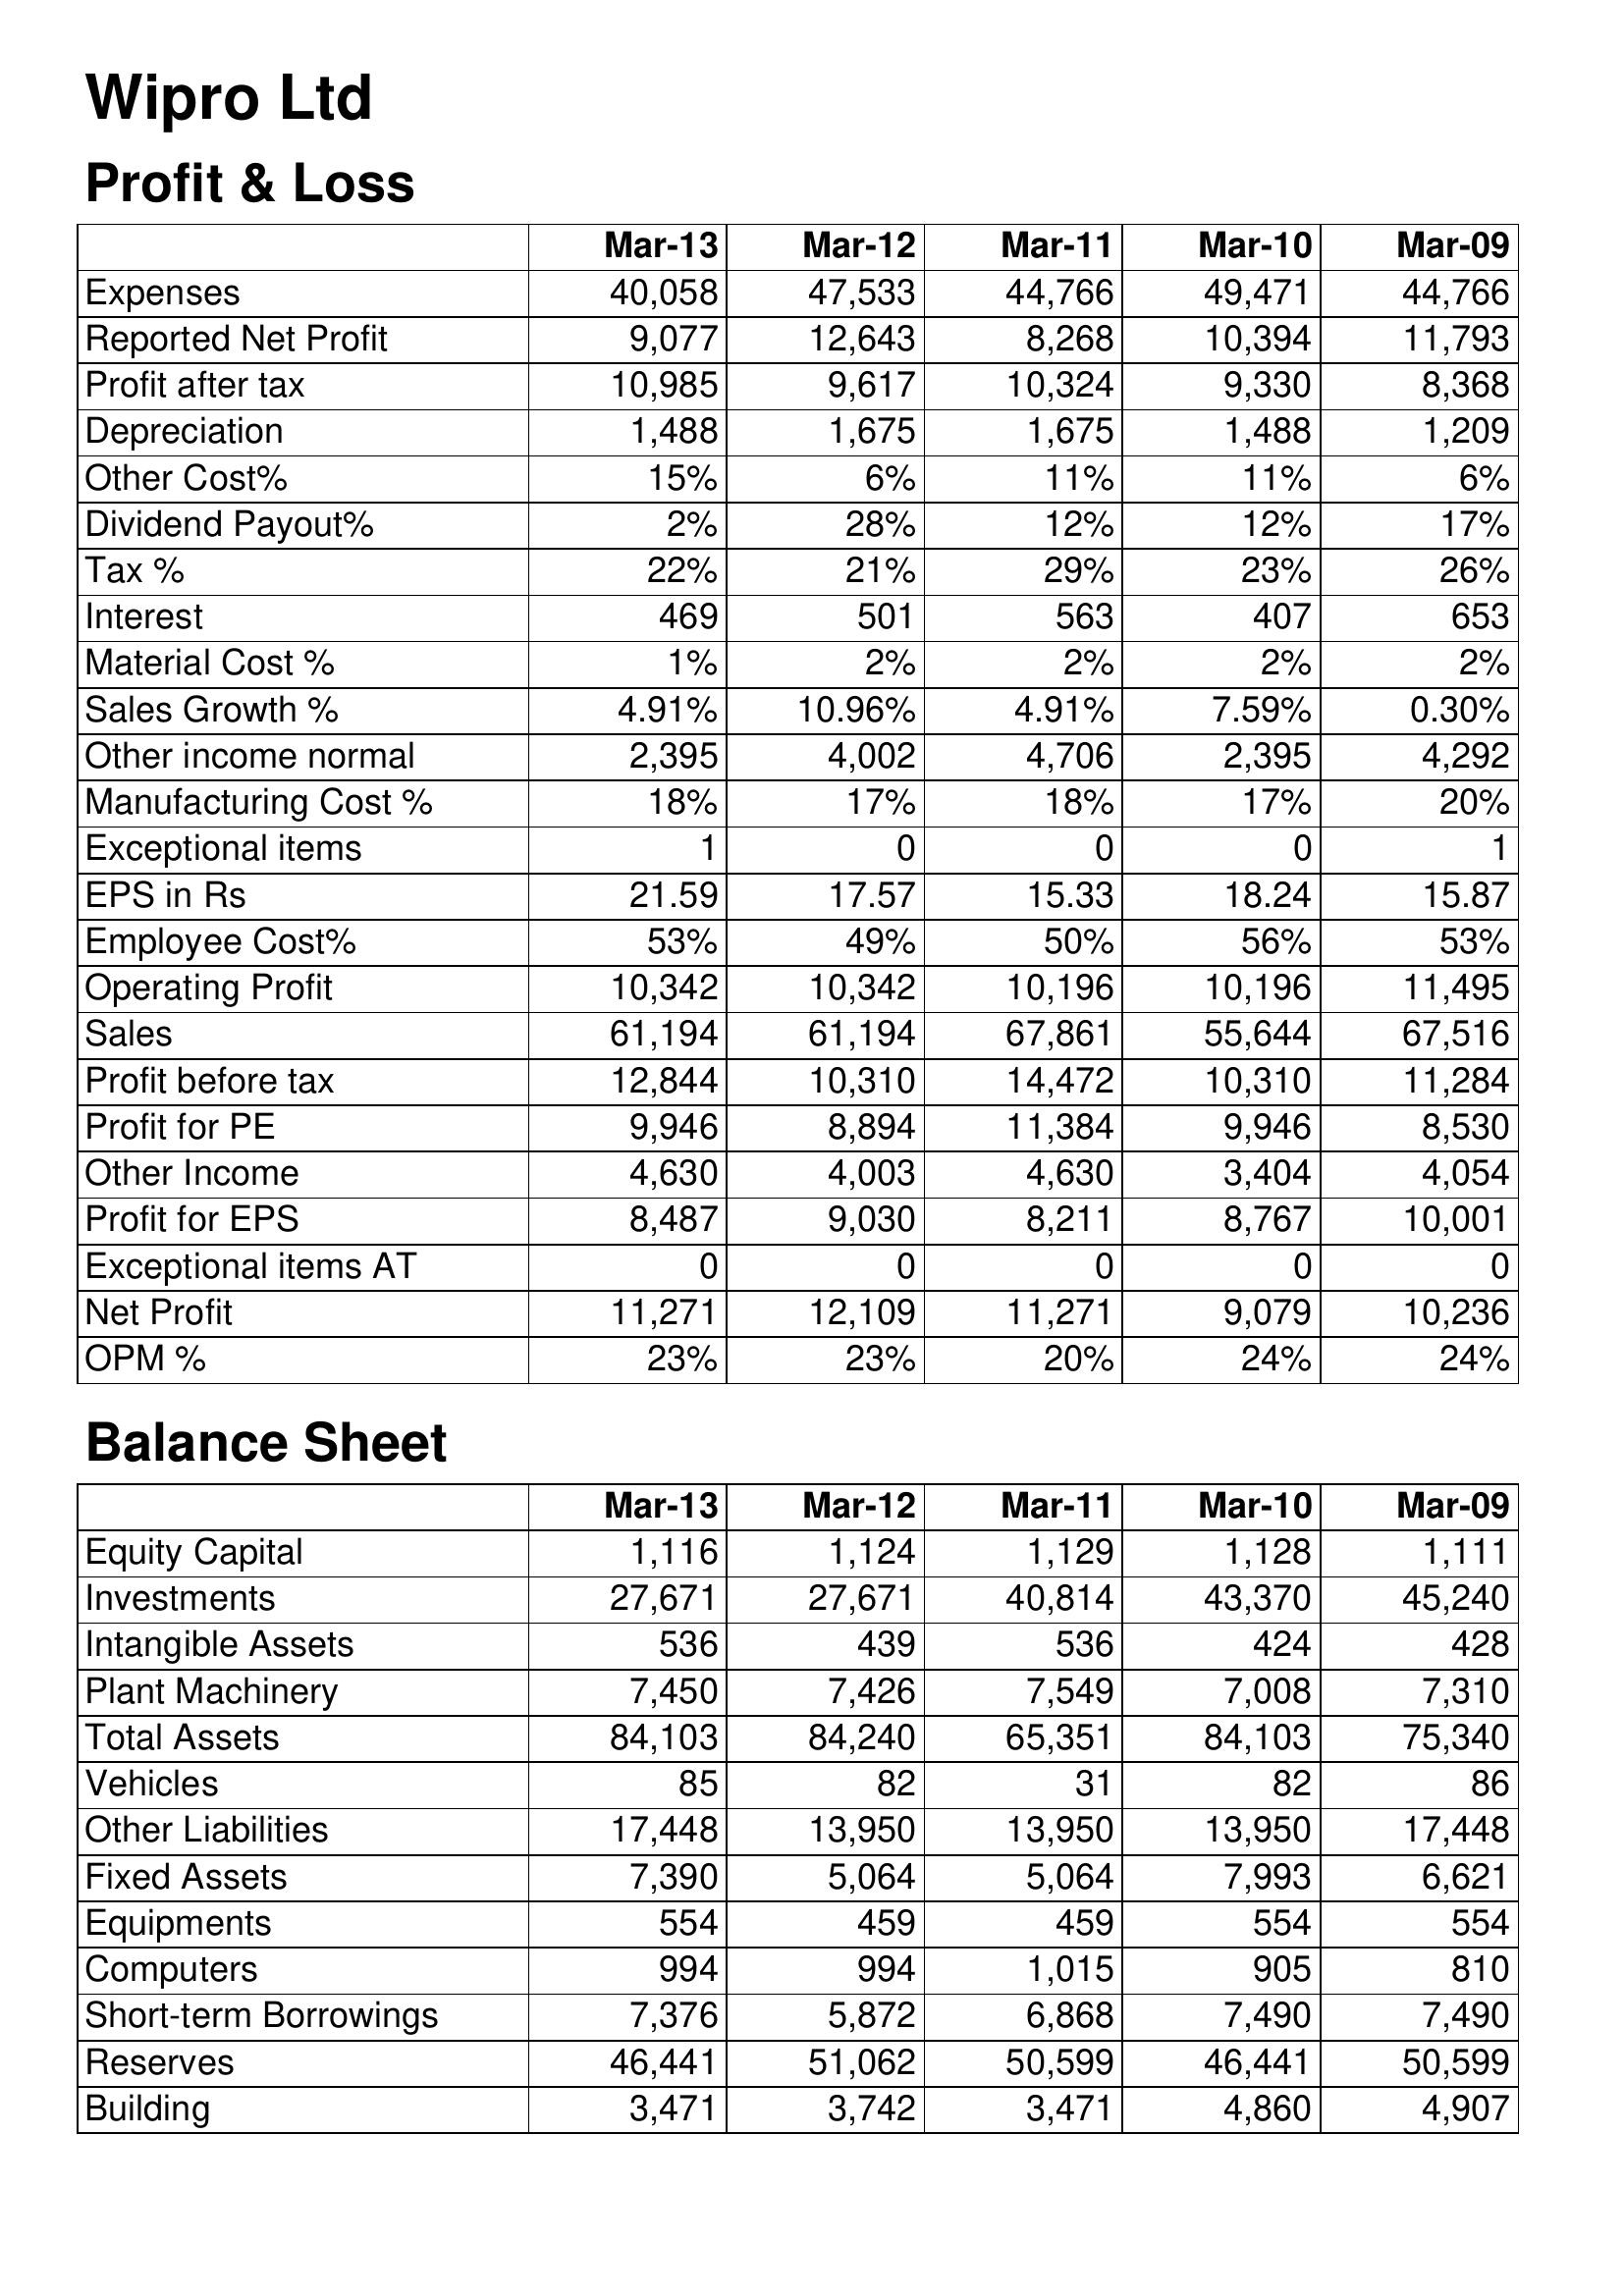
Mar-13: Profit & Loss: Expenses: 40,058
Reported Net Profit: 9,077
Profit after tax: 10,985
Depreciation: 1,488
Other Cost%: 15%
Dividend Payout%: 2%
Tax %: 22%
Interest: 469
Material Cost %: 1%
Sales Growth %: 4.91%
Other income normal: 2,395
Manufacturing Cost %: 18%
Exceptional items: 1
EPS in Rs: 21.59
Employee Cost%: 53%
Operating Profit: 10,342
Sales: 61,194
Profit before tax: 12,844
Profit for PE: 9,946
Other Income: 4,630
Profit for EPS: 8,487
Exceptional items AT: 0
Net Profit: 11,271
OPM %: 23%
Balance Sheet: Equity Capital: 1,116
Investments: 27,671
Intangible Assets: 536
Plant Machinery: 7,450
Total Assets: 84,103
Vehicles: 85
Other Liabilities: 17,448
Fixed Assets: 7,390
Equipments: 554
Computers: 994
Short-term Borrowings: 7,376
Reserves: 46,441
Building: 3,471
Mar-12: Profit & Loss: Expenses: 47,533
Reported Net Profit: 12,643
Profit after tax: 9,617
Depreciation: 1,675
Other Cost%: 6%
Dividend Payout%: 28%
Tax %: 21%
Interest: 501
Material Cost %: 2%
Sales Growth %: 10.96%
Other income normal: 4,002
Manufacturing Cost %: 17%
Exceptional items: 0
EPS in Rs: 17.57
Employee Cost%: 49%
Operating Profit: 10,342
Sales: 61,194
Profit before tax: 10,310
Profit for PE: 8,894
Other Income: 4,003
Profit for EPS: 9,030
Exceptional items AT: 0
Net Profit: 12,109
OPM %: 23%
Balance Sheet: Equity Capital: 1,124
Investments: 27,671
Intangible Assets: 439
Plant Machinery: 7,426
Total Assets: 84,240
Vehicles: 82
Other Liabilities: 13,950
Fixed Assets: 5,064
Equipments: 459
Computers: 994
Short-term Borrowings: 5,872
Reserves: 51,062
Building: 3,742
Mar-11: Profit & Loss: Expenses: 44,766
Reported Net Profit: 8,268
Profit after tax: 10,324
Depreciation: 1,675
Other Cost%: 11%
Dividend Payout%: 12%
Tax %: 29%
Interest: 563
Material Cost %: 2%
Sales Growth %: 4.91%
Other income normal: 4,706
Manufacturing Cost %: 18%
Exceptional items: 0
EPS in Rs: 15.33
Employee Cost%: 50%
Operating Profit: 10,196
Sales: 67,861
Profit before tax: 14,472
Profit for PE: 11,384
Other Income: 4,630
Profit for EPS: 8,211
Exceptional items AT: 0
Net Profit: 11,271
OPM %: 20%
Balance Sheet: Equity Capital: 1,129
Investments: 40,814
Intangible Assets: 536
Plant Machinery: 7,549
Total Assets: 65,351
Vehicles: 31
Other Liabilities: 13,950
Fixed Assets: 5,064
Equipments: 459
Computers: 1,015
Short-term Borrowings: 6,868
Reserves: 50,599
Building: 3,471
Mar-10: Profit & Loss: Expenses: 49,471
Reported Net Profit: 10,394
Profit after tax: 9,330
Depreciation: 1,488
Other Cost%: 11%
Dividend Payout%: 12%
Tax %: 23%
Interest: 407
Material Cost %: 2%
Sales Growth %: 7.59%
Other income normal: 2,395
Manufacturing Cost %: 17%
Exceptional items: 0
EPS in Rs: 18.24
Employee Cost%: 56%
Operating Profit: 10,196
Sales: 55,644
Profit before tax: 10,310
Profit for PE: 9,946
Other Income: 3,404
Profit for EPS: 8,767
Exceptional items AT: 0
Net Profit: 9,079
OPM %: 24%
Balance Sheet: Equity Capital: 1,128
Investments: 43,370
Intangible Assets: 424
Plant Machinery: 7,008
Total Assets: 84,103
Vehicles: 82
Other Liabilities: 13,950
Fixed Assets: 7,993
Equipments: 554
Computers: 905
Short-term Borrowings: 7,490
Reserves: 46,441
Building: 4,860
Mar-09: Profit & Loss: Expenses: 44,766
Reported Net Profit: 11,793
Profit after tax: 8,368
Depreciation: 1,209
Other Cost%: 6%
Dividend Payout%: 17%
Tax %: 26%
Interest: 653
Material Cost %: 2%
Sales Growth %: 0.30%
Other income normal: 4,292
Manufacturing Cost %: 20%
Exceptional items: 1
EPS in Rs: 15.87
Employee Cost%: 53%
Operating Profit: 11,495
Sales: 67,516
Profit before tax: 11,284
Profit for PE: 8,530
Other Income: 4,054
Profit for EPS: 10,001
Exceptional items AT: 0
Net Profit: 10,236
OPM %: 24%
Balance Sheet: Equity Capital: 1,111
Investments: 45,240
Intangible Assets: 428
Plant Machinery: 7,310
Total Assets: 75,340
Vehicles: 86
Other Liabilities: 17,448
Fixed Assets: 6,621
Equipments: 554
Computers: 810
Short-term Borrowings: 7,490
Reserves: 50,599
Building: 4,907